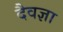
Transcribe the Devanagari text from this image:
दैवज्ञा